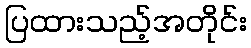
ပြထားသည့်အတိုင်း